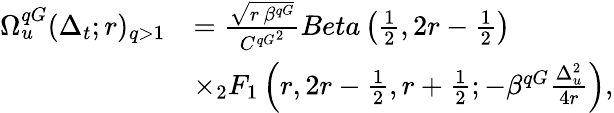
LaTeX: \begin{array}{rl}{\Omega_{u}^{qG}(\Delta_{t};r)_{q>1}}&{=\frac{\sqrt{r\, \beta^{qG}}}{{C^{qG}}^{2}}Beta\left(\frac{1}{2},2r-\frac{1}{2}\right)}\\ &{\times_{2}F_{1}\left(r,2r-\frac{1}{2},r+\frac{1}{2};-\beta^{qG}\frac{\Delta_{u}^{2}}{4r}\right),}\end{array}